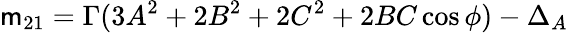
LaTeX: \mathsf{m}_{21}=\Gamma(3A^{2}+2B^{2}+2C^{2}+2BC\cos\phi)-\Delta_{A}